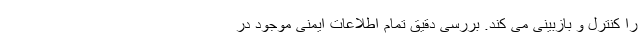
را کنترل و بازبینی می کند. بررسی دقیق تمام اطلاعات ایمنی موجود در